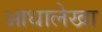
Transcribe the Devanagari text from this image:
आधालेखा